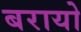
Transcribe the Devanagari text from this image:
बरायो